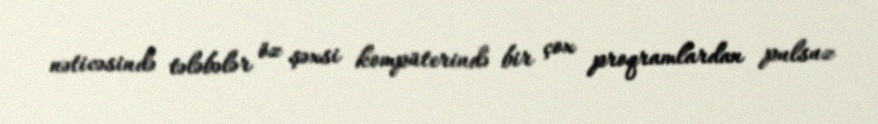
nəticəsində tələbələr öz şəxsi kompüterində bir çox proqramlardan pulsuz